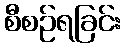
စီစဉ်ရခြင်း